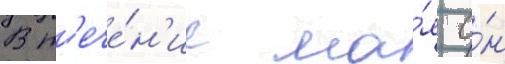
В т'ече́н'ие ма́я о́н